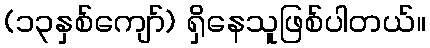
(၁၃နှစ်ကျော်) ရှိနေသူဖြစ်ပါတယ်။